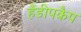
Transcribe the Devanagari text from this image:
हैंडीपकैप